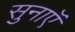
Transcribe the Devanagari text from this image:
सुनाएॅ